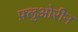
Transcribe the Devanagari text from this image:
फ़्लुओरीन